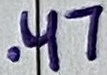
Text: .47